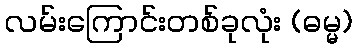
လမ်းကြောင်းတစ်ခုလုံး (ဓမ္မ)